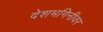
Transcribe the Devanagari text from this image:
देशभगिनीवर